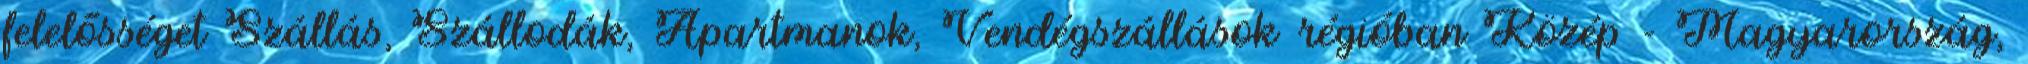
felelősséget Szállás, Szállodák, Apartmanok, Vendégszállások régióban Közép - Magyarország,